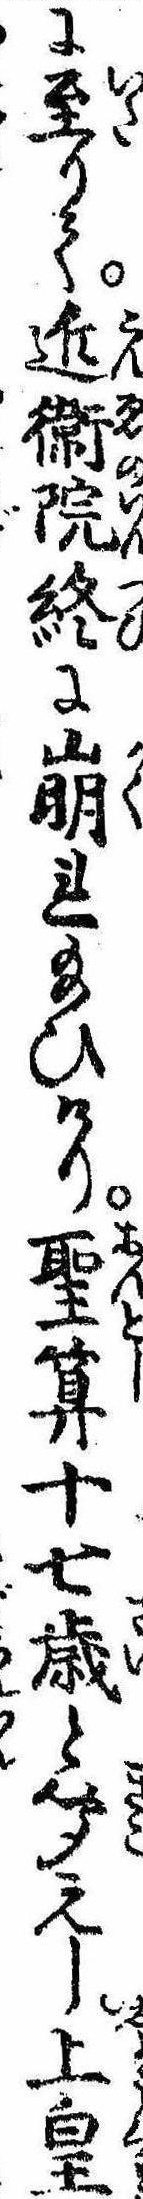
に至りて近衛院終に崩れ給ひけり聖算十七歳と聞えし上皇